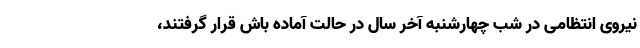
نیروی انتظامی در شب چهارشنبه آخر سال در حالت آماده باش قرار گرفتند،